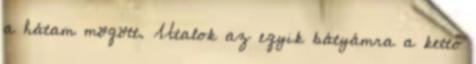
a hátam mögött. Utalok az egyik bátyámra a kettő